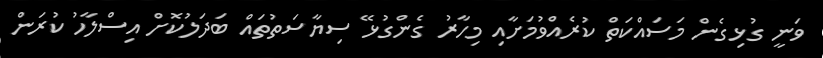
ވަނީ ގުޅިގެން މަސައްކަތް ކުރެއްވުމަށާއި މިހާރު ގެންގުޅޭ ސިޔާސަތުތައް ބަދަލުކޮށް އިސްލާހު ކުރަން